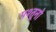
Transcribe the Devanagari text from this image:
पश्तूनो